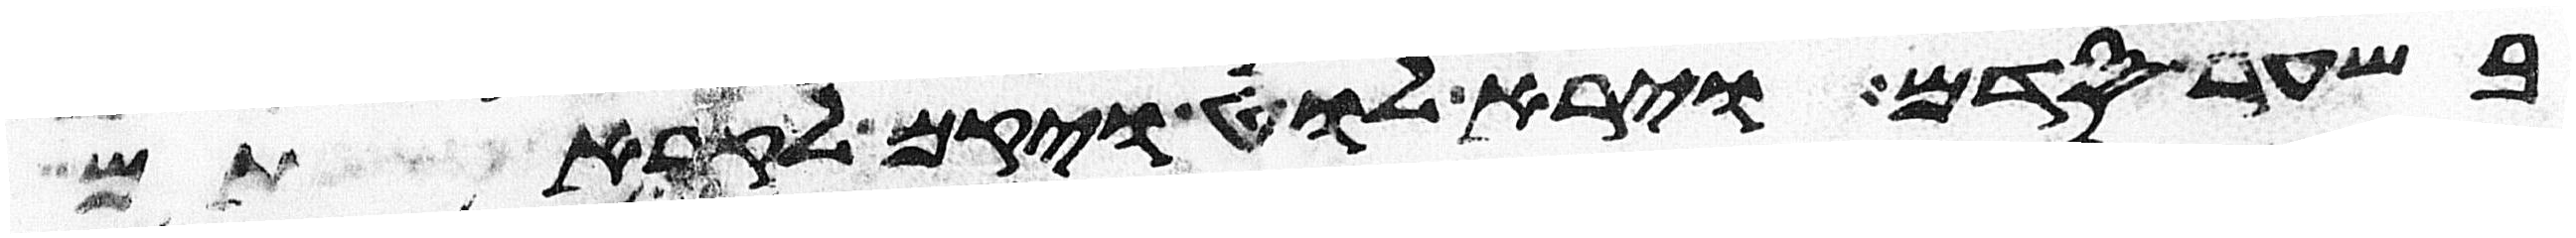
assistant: בשער סדם וירא לוט ויקם לקראתם